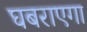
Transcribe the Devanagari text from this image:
घबराएगा